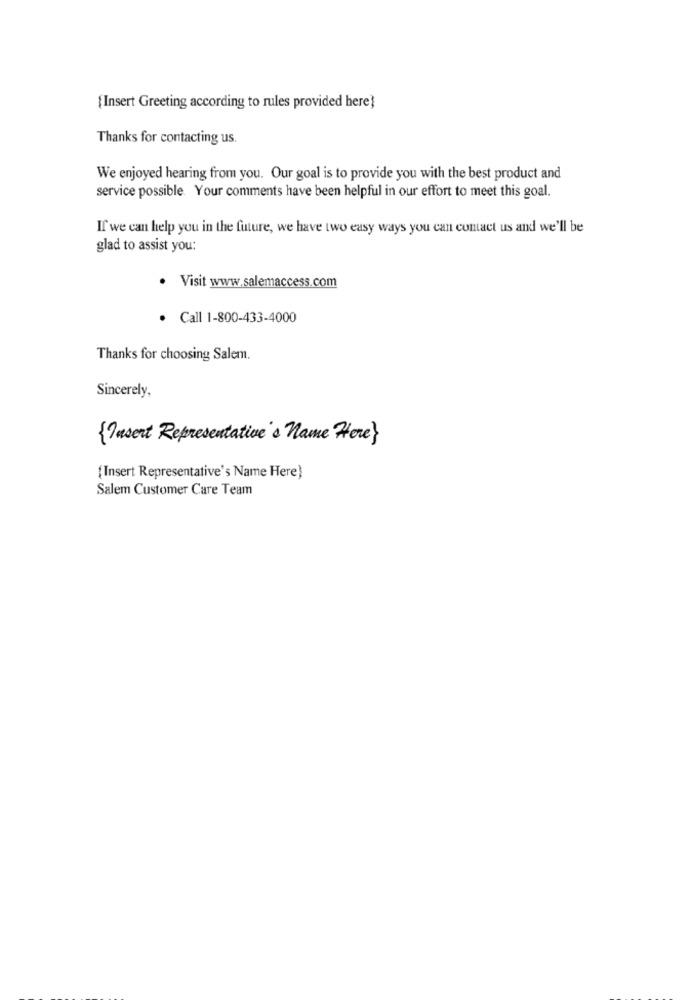
{Insert Greeting according to rules provided here?
Thanks for contacting us.
We enjoyed hearing from you. Our goal is to provide you with the best product and
service possible. Your comments have been helpful in our effort to meet this goal.
If we can help you in the future, we have two easy ways you can contact us and we'll be
glad to assist you:
. Visit www.salemaccess.com
· Call 1-800-433-4000
Thanks for choosing Salem.
Sincerely,
{Pasert Representative's name Here}
{Insert Representative's Name Here)
Salem Customer Care Team